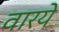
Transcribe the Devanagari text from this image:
वारये